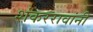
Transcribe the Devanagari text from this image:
शंकररावांनीं